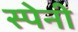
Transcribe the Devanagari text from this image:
स्‍पेनी